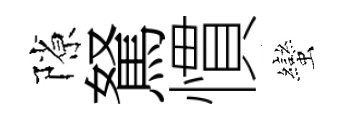
隙駑慣蠻